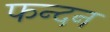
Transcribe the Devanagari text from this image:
फन्दन